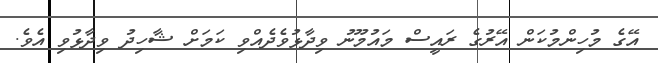
އޭގެ މުހިންމުކަން އޭރުގެ ރައީސް މައުމޫނު ވިދާޅުވެދެއްވި ކަމަށް ޝާހިދު ވިދާޅުވި އެވެ.